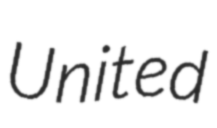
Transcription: United